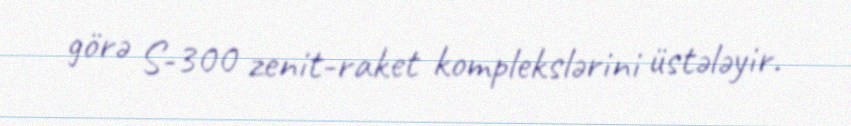
görə S-300 zenit-raket komplekslərini üstələyir.